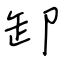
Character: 卸